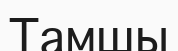
Тамшы